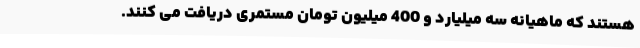
هستند که ماهیانه سه میلیارد و 400 میلیون تومان مستمری دریافت می کنند.